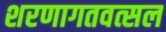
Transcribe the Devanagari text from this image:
शरणागतवत्सल